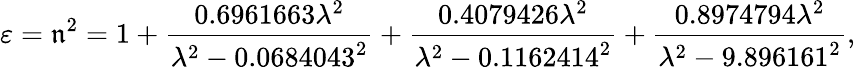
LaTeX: \varepsilon=\mathfrak{n}^{2}=1+{\frac{{0.6961663\lambda^{2}}}{{\lambda^{2}-0.0684043^{2}}}}+{\frac{{0.4079426\lambda^{2}}}{{\lambda^{2}-0.1162414^{2}}}}+{\frac{{0.8974794\lambda^{2}}}{{\lambda^{2}-9.896161^{2}}}},